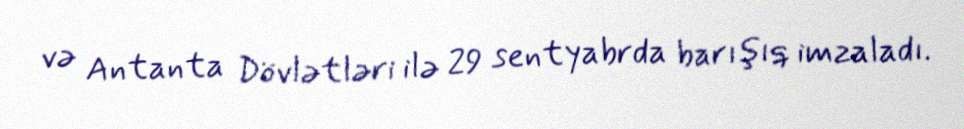
və Antanta Dövlətləri ilə 29 sentyabrda barışıq imzaladı.